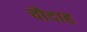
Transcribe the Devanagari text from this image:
चौदाह